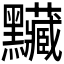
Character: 𪓅